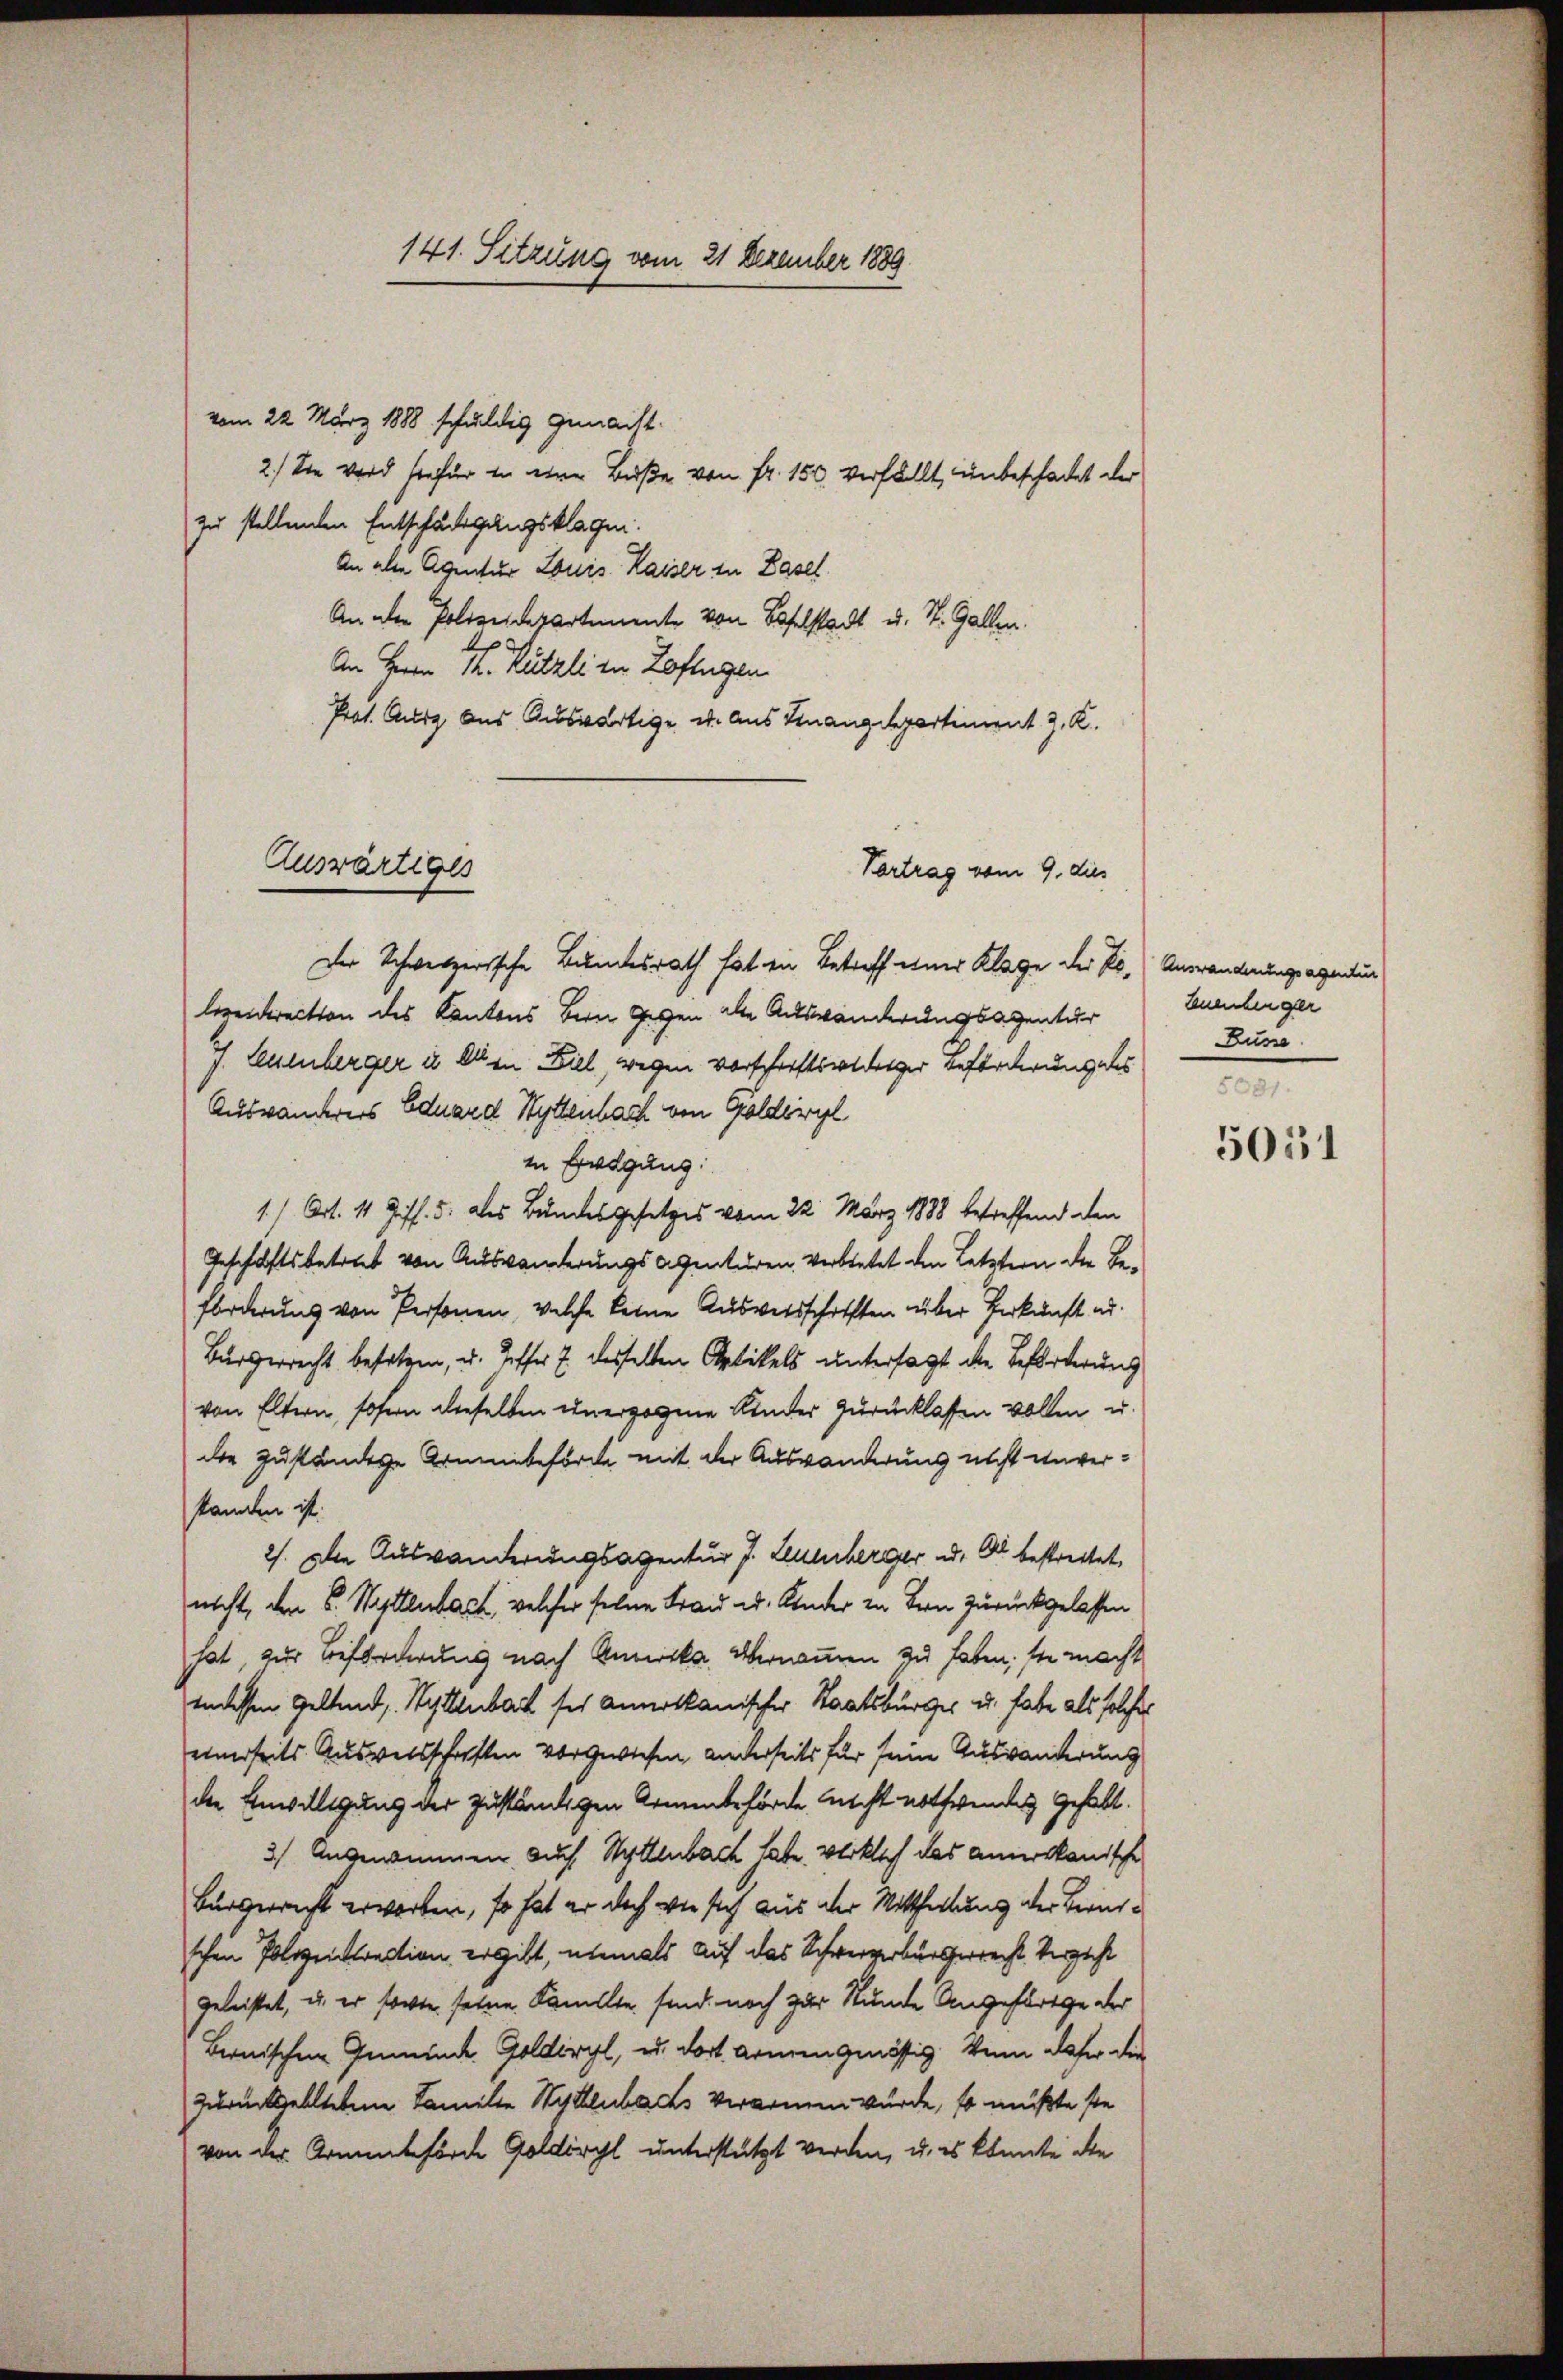
Auswärtiges

141. Sitzung vom 21 Dezember 1889

vom 22. März 1888 schuldig gemacht.
2.) Sie wird hiefür in eine Buße von Fr. 150. verfällt, unbeschadet der
zu stellenden Entschädigungsklagen.
An alen Agentur Louis Kaiser in Basel
An der Polizeidepartemente von Baselstadt u. St. Gallen.
An Herrn M. Rützli in Zofingen
Prot. Aug aus Auswärtige u. Aus Finanzdepartiment J. K.
Der Schweizerische Bundesrath hat ein Betreff einer Klage der Belereirection des Kantons Bern gegen alle Auswanderungsagentur
J. Leuenberger in elen Ziel, wegen vorschriftswidriger geforderung des
Auswanderers Eduard Hyttenbach von Goldiwil
in Erwegung:
1) Art. 11 Ziff. 5. des Bundesgesetzes vom 22. März 1888 betreffend den
Geschäftsbetret von Auswanderungsagenturen verbietet den Letztern der Beforderung von Personen, welche keine Ausweisschriften über Perkunft ad
Bürgerrecht besetzen, u. Hoffer 7 desselben Artikels untersagt die Beförderung
von Eltern, sofern dieselben unerzogene Kinder zurücklassen vollen u.
die zuständige Armenbeförde mit der Auswanderung nicht unverstanden ist.
2). Die Auswanderungsagentur J. Leuenberger u. Er bestreitet.
nicht, den S. Wyttenbach, welcher seine Frau u. Kinder in Bern zurückgelassen
hat zur Beförderung nach Annicke übernommen zu haben, sie macht
Indessen Geltend, Wyttenbar sei annolkanischer Staatsbürger u. habe als solche
einerseits Ausweisschriften vorgewiesen, anderseits für seine Auswanderung
die Einwilligung der zuständigen Armenbehörde nicht nothwendet gehabt.
3) Angenommen auch Wylenbach habe. Wirklich das Amerikanische
Bürgerricht erwarten, so hat er doch wie sich aus der Mittheilung der Beruschen Polizeirection ergibt, niemals auf das Schwerzerbürgerrecht Vergeht
geleistet, u. er sowie seine Famillte sind noch zur Stunde Angehörige der
Bernischen Gemeinde Goldiwyl, u. dort armengenössig. Wenn daher die
zurückstellteten Familie Wyllubachs verarmen wurde, so müßte ste
von der Armenbehörde Goldirchl unterstützt werden, u. es konnte die

Vertrag vom 9. dies

Auswanderungsagentur
tenentinger
Busse

5051